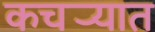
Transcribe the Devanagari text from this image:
कचर्‍यात